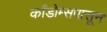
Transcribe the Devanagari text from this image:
काँडोम्सपासून